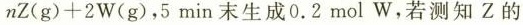
nZ(g)+2W(g)，5min末生成0.2mol W，若测知Z的